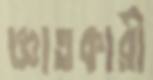
জ্ঞাতকারী